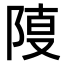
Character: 𨺎